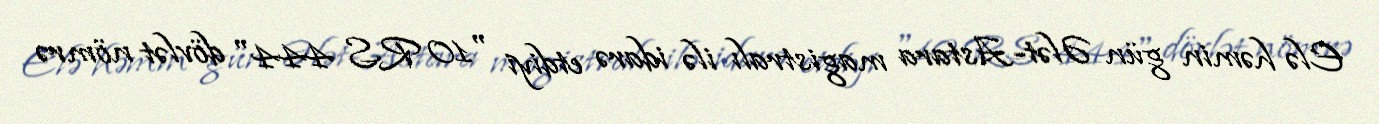
Elə həmin gün Ələt-Astara magistralı ilə idarə etdiyi "10 RS 444" dövlət nömrə